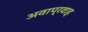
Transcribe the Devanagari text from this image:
अवाप्रवाह